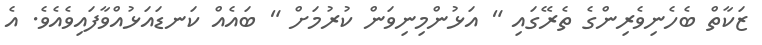
ޒަކާތް ބެހެނިވެރިންގެ ތެރޭގައި " އަޅުންމިނިވަން ކުރުމަށް " ބައެއް ކަނޑައަޅުއްވާފައިވެއެވެ. އެ